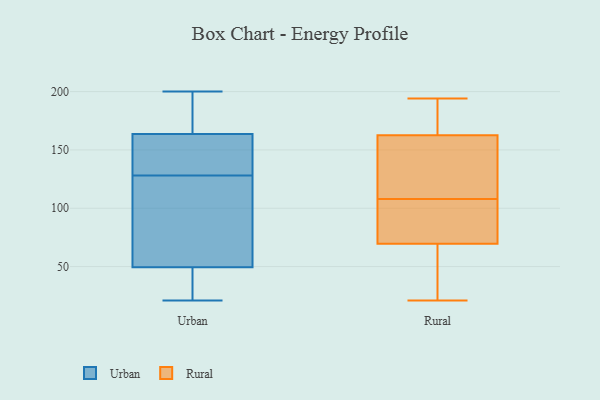
{"axis": {"x": "LTV (USD)", "y": "Value"}, "legend": ["Rural", "Urban"], "data": [{"x": "", "y": 128, "type": "Urban"}, {"x": "", "y": 21, "type": "Urban"}, {"x": "", "y": 124, "type": "Urban"}, {"x": "", "y": 72, "type": "Urban"}, {"x": "", "y": 158, "type": "Urban"}, {"x": "", "y": 164, "type": "Urban"}, {"x": "", "y": 163, "type": "Urban"}, {"x": "", "y": 165, "type": "Urban"}, {"x": "", "y": 200, "type": "Urban"}, {"x": "", "y": 42, "type": "Urban"}, {"x": "", "y": 25, "type": "Urban"}, {"x": "", "y": 194, "type": "Rural"}, {"x": "", "y": 101, "type": "Rural"}, {"x": "", "y": 117, "type": "Rural"}, {"x": "", "y": 184, "type": "Rural"}, {"x": "", "y": 21, "type": "Rural"}, {"x": "", "y": 115, "type": "Rural"}, {"x": "", "y": 190, "type": "Rural"}, {"x": "", "y": 132, "type": "Rural"}, {"x": "", "y": 75, "type": "Rural"}, {"x": "", "y": 68, "type": "Rural"}, {"x": "", "y": 71, "type": "Rural"}, {"x": "", "y": 161, "type": "Rural"}, {"x": "", "y": 164, "type": "Rural"}, {"x": "", "y": 93, "type": "Rural"}, {"x": "", "y": 67, "type": "Rural"}, {"x": "", "y": 41, "type": "Rural"}]}